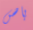
باص